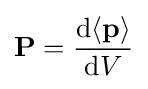
\mathbf {P} ={\mathrm {d} \langle \mathbf {p} \rangle  \over \mathrm {d} V}\,\!